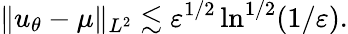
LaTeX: \| u_{\theta}-\mu\| _{L^{2}}\lesssim\varepsilon^{1/2}\ln^{1/2}(1/\varepsilon).